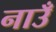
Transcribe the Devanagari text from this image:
नाउँ